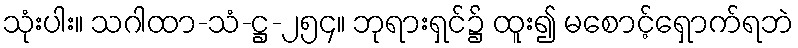
သုံးပါး။ သဂါထာ-သံ-ဋ္ဌ-၂၅၄။ ဘုရားရှင်၌ ထူး၍ မစောင့်ရှောက်ရဘဲ